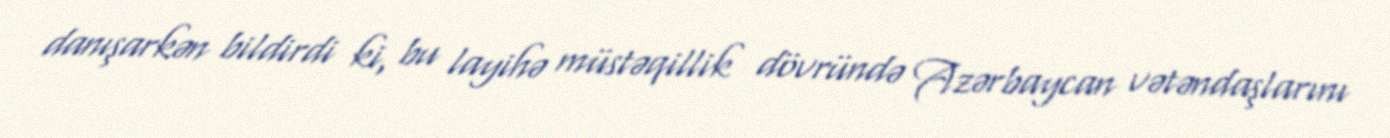
danışarkən bildirdi ki, bu layihə müstəqillik dövründə Azərbaycan vətəndaşlarını